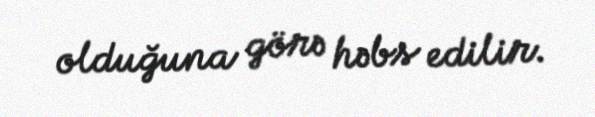
olduğuna görə həbs edilir.